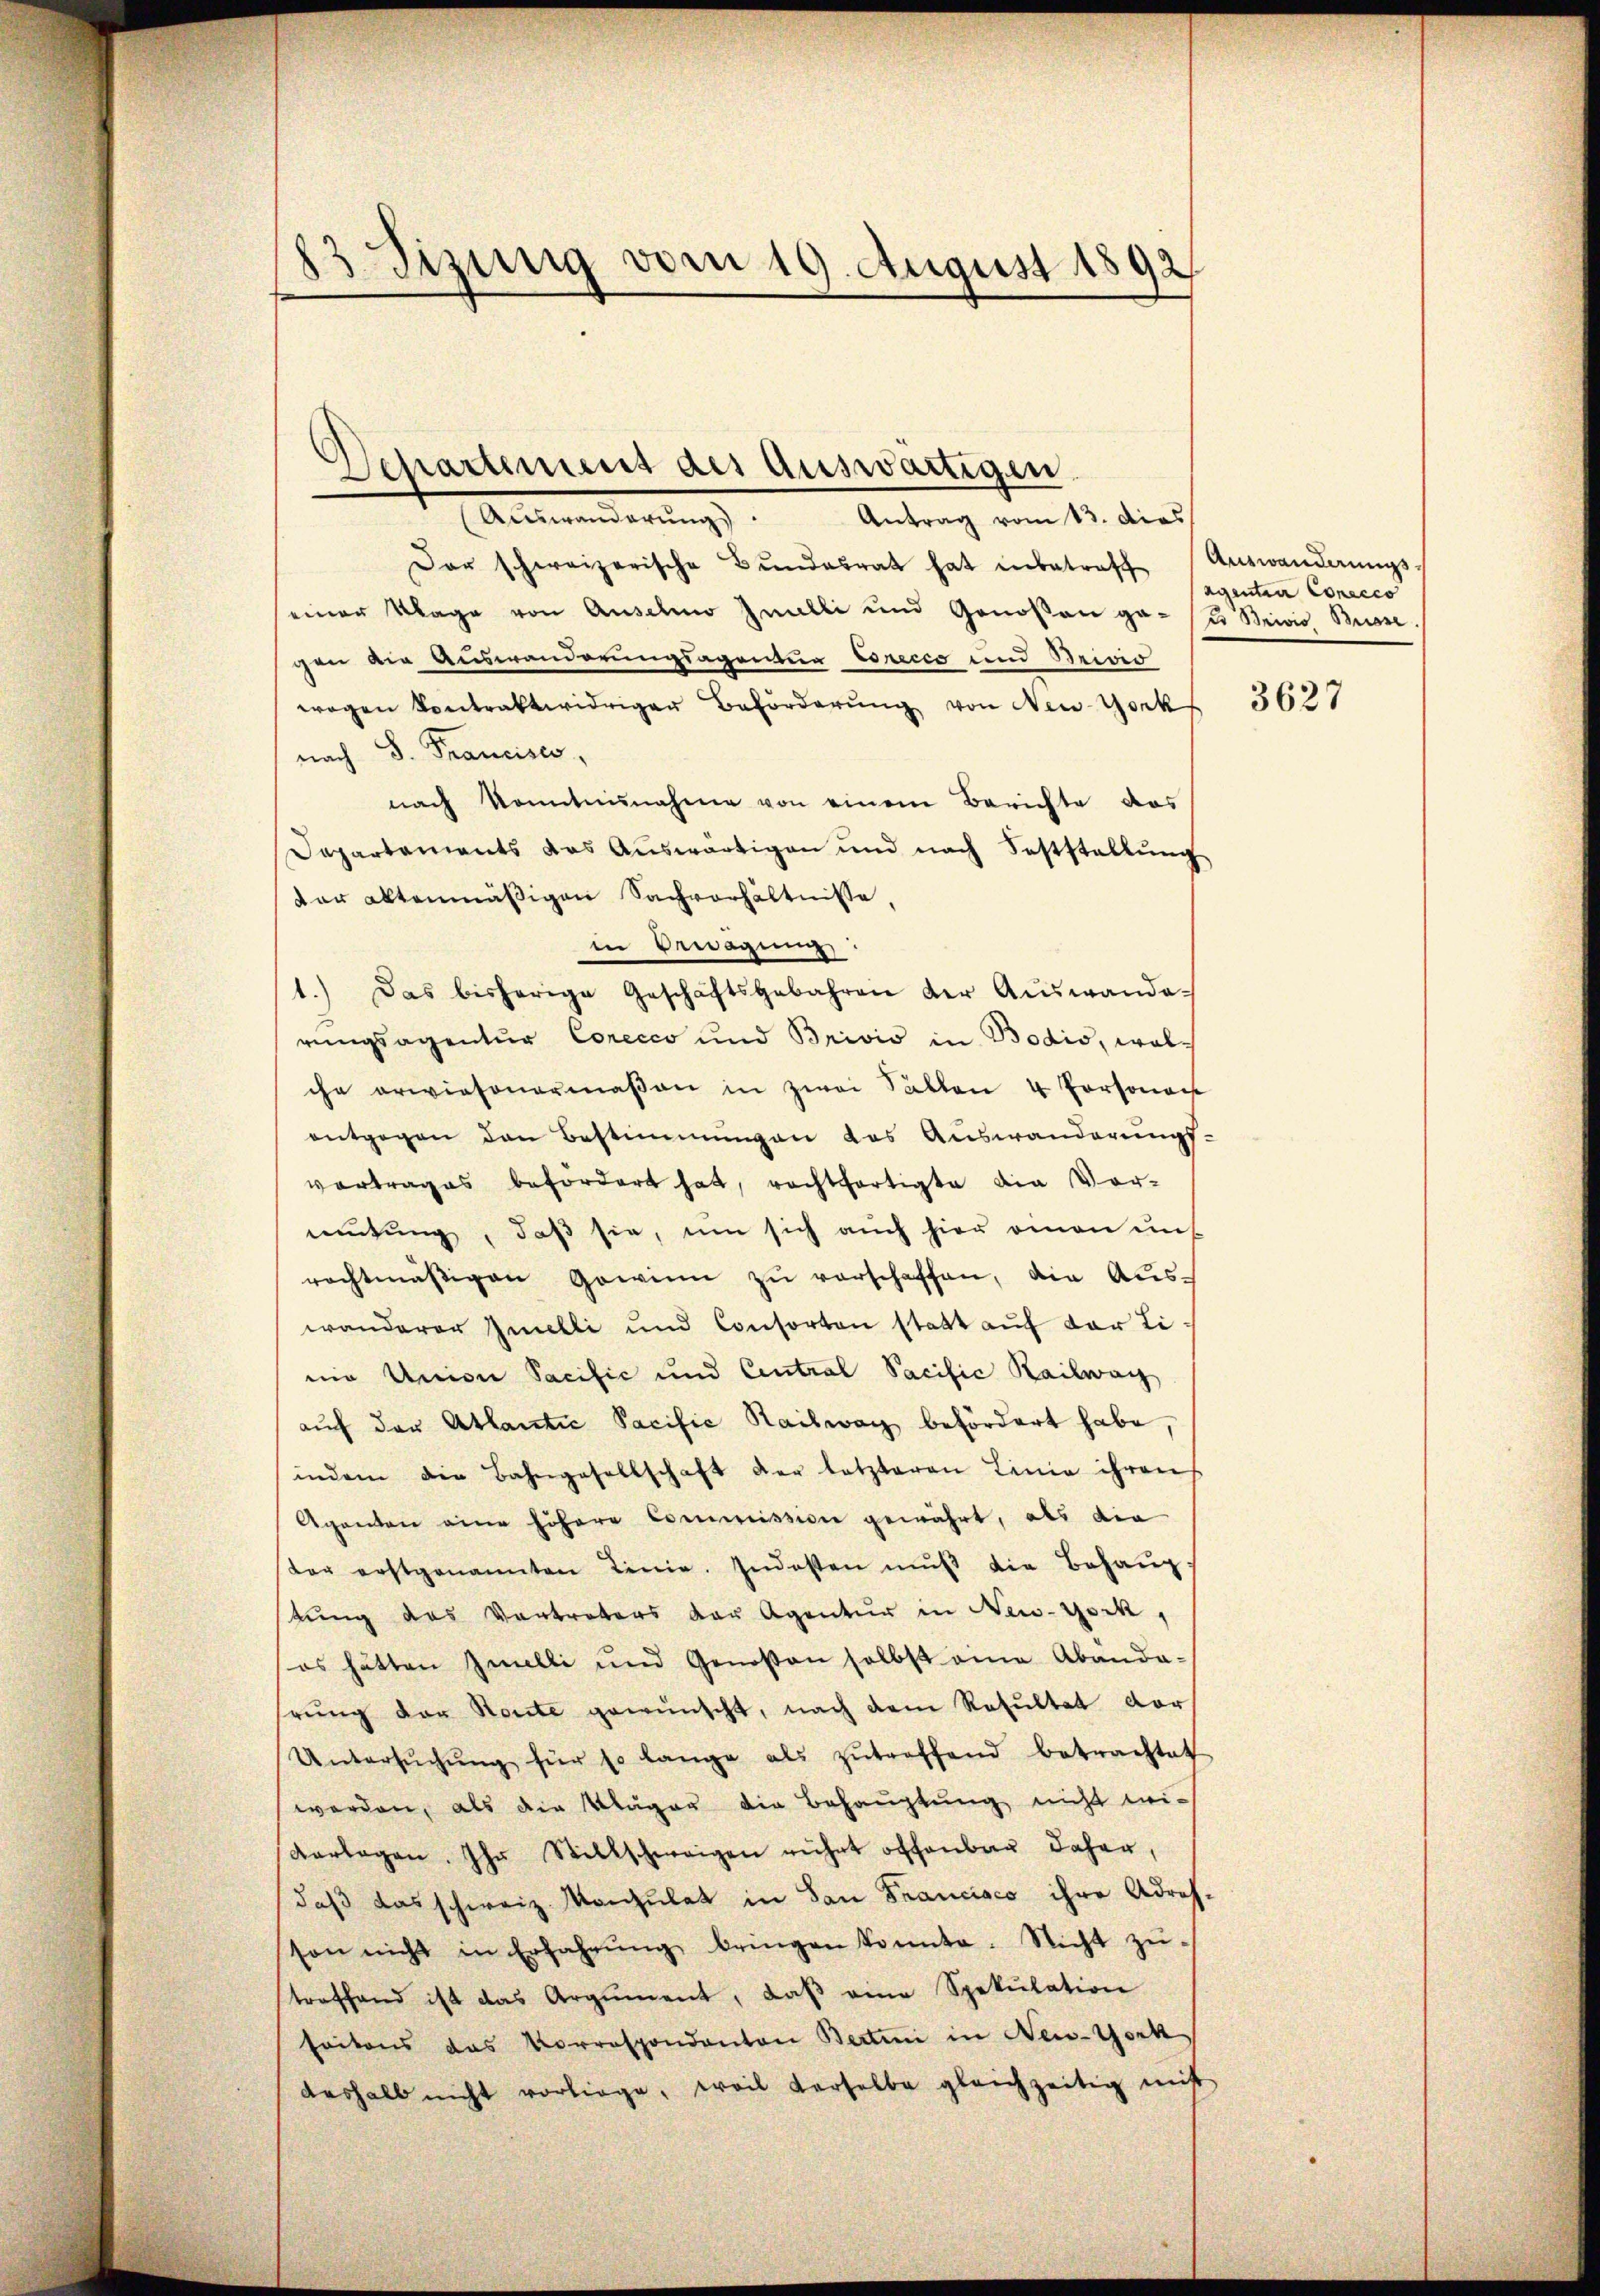
13 Sizung vom 19. August 1892

Departemens des auswärtigen.
Anstanderung
Antrag vom 13. dies

Der schweizerische Bŭndesrat hat inbetreff Auswandlŭngs-
einer Klage von Anselmo Inulli und Genoßen ge- u. Stricis Bun
gen die Auswanderungsagentua Eorecco und Brivio
wegen Contraktwidriger Beförderŭng von New-York
nach S. Francisco
nach Kenntnunahme von einem Berichte das
Departaments das Aŭswärtigen und nach Feststellŭng
dar altenmäβigen Sachverhältnisse,
in Bewegung
rungsagentur Corecco und Brivio in Bodis, wolche erwiesenermaβen in zwei Sallen 4 Persona
entgegen den Bestimmungen das Auswanderŭngs-
vortrages befordert hat, rechtfertigte die Vor-
mutung, daß sie, um sich auch hier einen uns
rechtmäßigen Gewinn zu verschaffen, die Auswanderer Zielli und Consorten statt auf der Li
nie Univer Sacific und Central Pacific Railwag
aŭch der Atlantie Sacific Raiswach befördert habe,
indem die Bahngesellschaft der letzteren Linie ihren
Agenten eine höhere Commission gewährt, als die
ter erstgenannten Linie. Indesten mŭβ die Behaŭp:
stung des Vortreters der Agentur in New-York,
es hätten Imelli und Genossen selbst eine Abanda-
rŭng der Route gewünscht, nach dem Resultat vor¬
Untersŭchŭng für so lange als zŭtreffend betrachtet
worden, als die Kläger die Behauptung nicht wivorlagen. Ihr Stillschweigen rührt offenbar daher,
daß das schweiz. Konsulat in San Francisco ihre Adres.
son nicht in Erfahrŭng bringen konnte. Nicht zŭ-
treffend ist das Argument, daβ eine Spekulation
seitens das Korrespondanton Bertini in New-York
deshalb nicht vorliege, weil derselbe gleichzeitig mit

1.) Das bisherige Geschäftsgebahren der Aŭswande-

agenten Conceco

3627